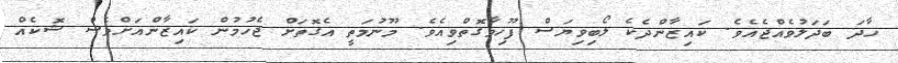
ހާދަ ބަދަލުވެއްޖެއެވެ. ކައިޒާންދެކެ ލޯބިވިޔަސް ފޫހިވާގޮތްވިއެވެ. މޫނުމަތީ އެގޮތަށް ޖެހުމުން ކައިޒާންއަށްވެސް ޝޮކެއް